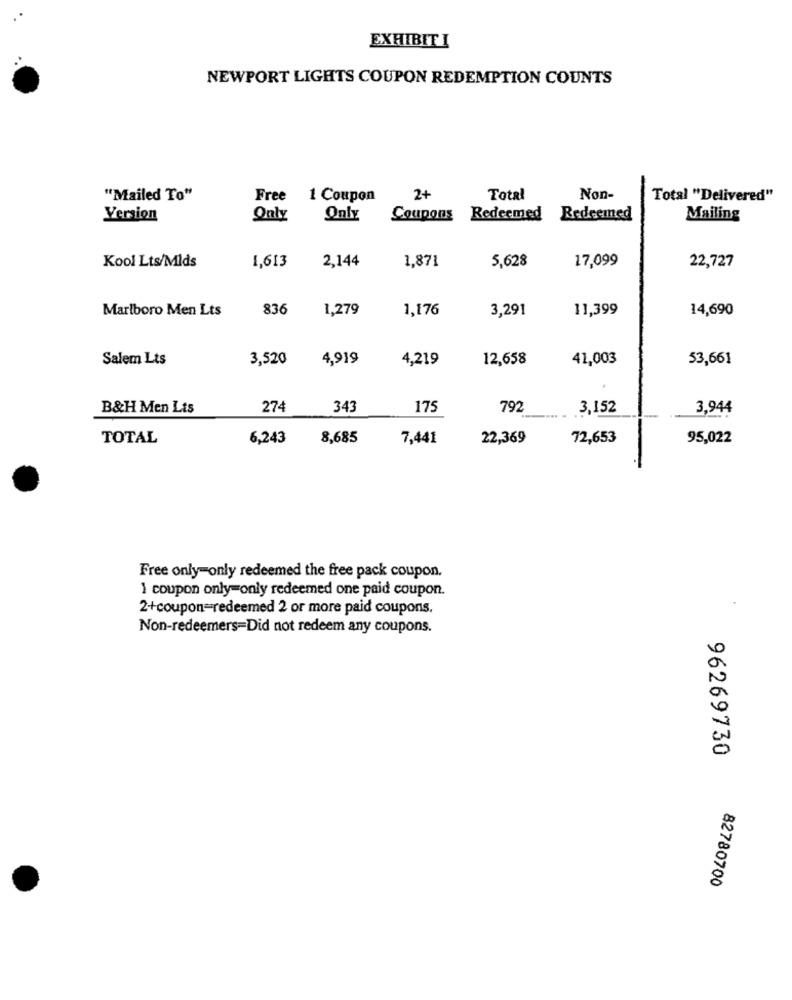
EXHIBIT I
NEWPORT LIGHTS COUPON REDEMPTION COUNTS
"Mailed To"
Free
1 Coupon
2+
Total
Non-
Total "Delivered"
Version
Only
Only
Coupons Redeemed Redeemed
Mailing
2,144
1,871
5,628
17,099
Kool Lts/Mlds
1,613
22,727
Marlboro Men Lts
836
1,279
1,176
3,291
11,399
14,690
Salem Lts
3,520
4,919
4,219
12,658
41,003
53,661
B&H Men Lis
274
343
175
792
3,152
3,944
TOTAL
6,243
8,685
7,441
22,369
72,653
95,022
Free only-only redeemed the free pack coupon.
1 coupon only=only redeemed one paid coupon.
2+coupon=redeemed 2 or more paid coupons.
Non-redeemers=Did not redeem any coupons.
96269730
82780700